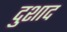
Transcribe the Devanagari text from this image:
दुशाद